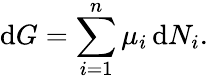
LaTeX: \mathrm{d}G=\sum_{i=1}^{n}\mu_{i}\, \mathrm{d}N_{i}.